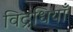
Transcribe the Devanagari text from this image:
विद्रधियाँ